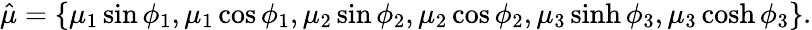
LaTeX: \hat{\mu}=\{ \mu_{1}\sin\phi_{1},\mu_{1}\cos\phi_{1},\mu_{2}\sin\phi_{2},\mu_{2}\cos\phi_{2},\mu_{3}\sinh\phi_{3},\mu_{3}\cosh\phi_{3}\} .